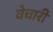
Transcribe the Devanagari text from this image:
वेचारी